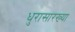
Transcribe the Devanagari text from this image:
धुरासारख्या